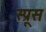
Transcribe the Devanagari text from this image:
स्‍प्रूस